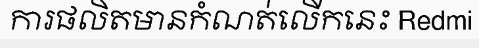
ការផលិតមានកំណត់លើកនេះ Redmi